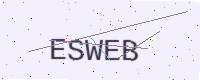
Text: ESWEB